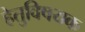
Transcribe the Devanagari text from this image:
हेतुविषयक